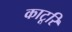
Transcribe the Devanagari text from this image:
काटूरि